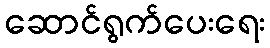
ဆောင်ရွက်ပေးရေး